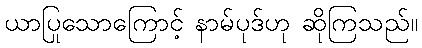
ယာပြုသောကြောင့် နာမ်ပုဒ်ဟု ဆိုကြသည်။